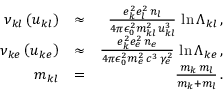
\begin{array} { r l r } { \nu _ { k l } \left( u _ { k l } \right) } & { \approx } & { \frac { e _ { k } ^ { 2 } e _ { l } ^ { 2 } \, n _ { l } } { 4 \pi \epsilon _ { 0 } ^ { 2 } m _ { k l } ^ { 2 } \, u _ { k l } ^ { 3 } } \, \ln \Lambda _ { k l } \, , } \\ { \nu _ { k e } \left( u _ { k e } \right) } & { \approx } & { \frac { e _ { k } ^ { 2 } e _ { e } ^ { 2 } \, n _ { e } } { 4 \pi \epsilon _ { 0 } ^ { 2 } m _ { e } ^ { 2 } \, c ^ { 3 } \, \gamma _ { e } ^ { 2 } } \, \ln \Lambda _ { k e } \, , } \\ { m _ { k l } } & { = } & { \frac { m _ { k } \, m _ { l } } { m _ { k } + m _ { l } } \, . } \end{array}